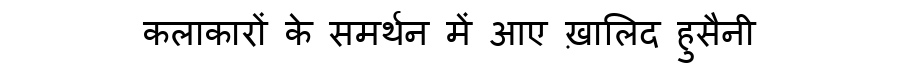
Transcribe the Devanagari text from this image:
कलाकारों के समर्थन में आए ख़ालिद हुसैनी